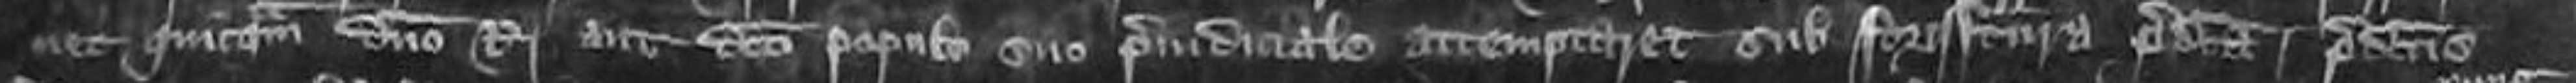
nec quicquam domino Rege aut dicto populo suo preiudiciale attemptaret sub forisfactura predicta predictus